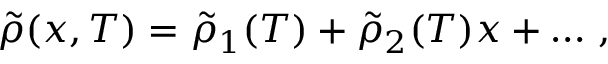
\tilde { \rho } ( x , T ) = \tilde { \rho } _ { 1 } ( T ) + \tilde { \rho } _ { 2 } ( T ) x + \dots \, ,